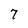
Character: 7